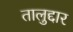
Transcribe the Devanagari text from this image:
तालुद्दार